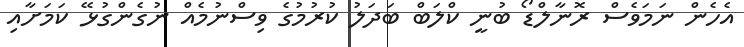
އެހެން ނަމަވެސް ރޮނާލްޑޯ ބުނީ ކްލަބް ބަދަލު ކުރުމުގެ ވިސްނުމެއް ނުގެންގުޅޭ ކަމަށާއި